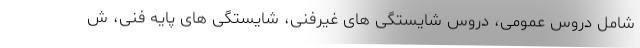
شامل دروس عمومی، دروس شایستگی های غیرفنی، شایستگی های پایه فنی، ش